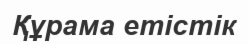
Құрама етістік